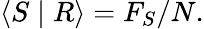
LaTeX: \langle S\mid R\rangle=F_{S}/N.